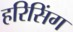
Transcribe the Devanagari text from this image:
हरिसिंग